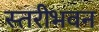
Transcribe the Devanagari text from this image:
स्तरीभवन